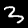
Label: 3